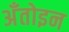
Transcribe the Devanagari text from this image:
अँतोइन